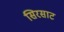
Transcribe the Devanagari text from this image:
सिरसाट